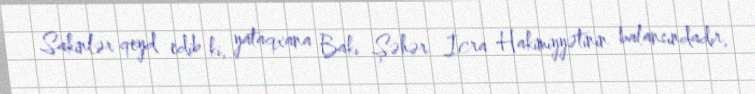
Sakinlər qeyd edib ki, yataqxana Bakı Şəhər İcra Hakimiyyətinin balansındadır,